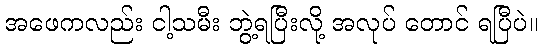
အဖေကလည်း ငါ့သမီး ဘွဲ့ရပြီးလို့ အလုပ် တောင် ရပြီပဲ။